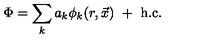
\Phi = \sum _ { k } a _ { k } \phi _ { k } ( r , \vec { x } ) \ + \ \mathrm { h . c . }